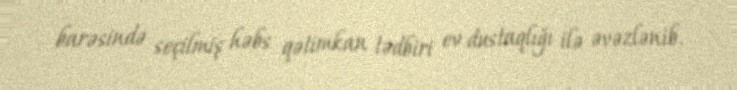
barəsində seçilmiş həbs qətimkan tədbiri ev dustaqlığı ilə əvəzlənib.